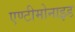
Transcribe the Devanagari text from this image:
एण्टीमोनाइड